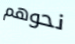
نحوهم